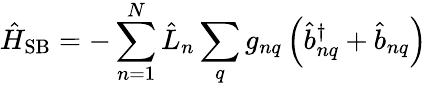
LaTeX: \hat{H}_{\mathrm{SB}}=-\sum_{n=1}^{N}\hat{L}_{n}\sum_{q}g_{nq}\left(\hat{b}_{nq}^{\dagger}+\hat{b}_{nq}\right)